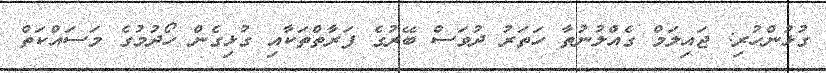
ގުޅުންހުރި: ޖައިލަމް ގެއްލުނުތާ ހަތަރު ދުވަސް ބޭރުގެ ފަރާތްތަކާއި ގުޅިގެން ހޯދުމުގެ މަސައްކަތް